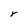
Character: Y